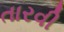
તારવી